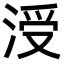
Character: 涭